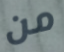
من